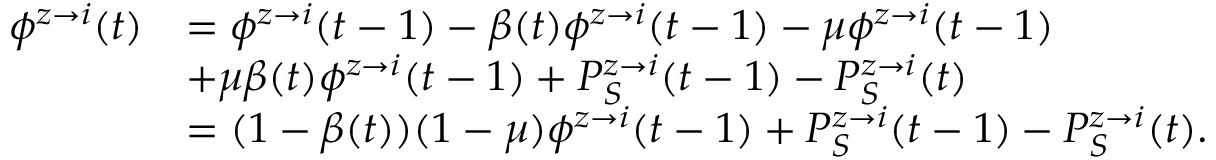
\begin{array} { r l } { \phi ^ { z \rightarrow i } ( t ) } & { = \phi ^ { z \rightarrow i } ( t - 1 ) - \beta ( t ) \phi ^ { z \rightarrow i } ( t - 1 ) - \mu \phi ^ { z \rightarrow i } ( t - 1 ) } \\ & { + \mu \beta ( t ) \phi ^ { z \rightarrow i } ( t - 1 ) + P _ { S } ^ { z \rightarrow i } ( t - 1 ) - P _ { S } ^ { z \rightarrow i } ( t ) } \\ & { = ( 1 - \beta ( t ) ) ( 1 - \mu ) \phi ^ { z \rightarrow i } ( t - 1 ) + P _ { S } ^ { z \rightarrow i } ( t - 1 ) - P _ { S } ^ { z \rightarrow i } ( t ) . } \end{array}